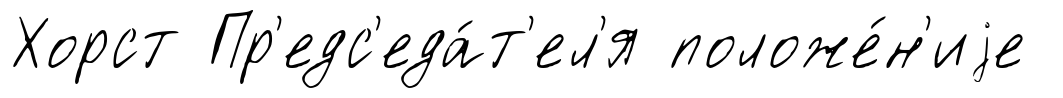
Хорст Пр'едс'еда́т'ел'я положе́н'иjе